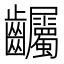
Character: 𪚌